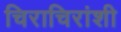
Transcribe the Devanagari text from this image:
चिराचिरांशी